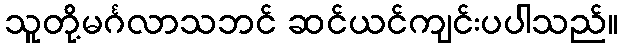
သူတို့မင်္ဂလာသဘင် ဆင်ယင်ကျင်းပပါသည်။